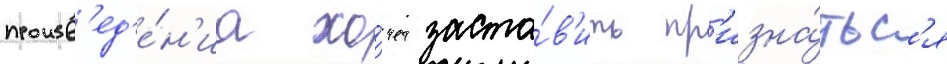
произв'ед'е́н'иа хо́чет заста́в'ить пр'изна́тьс'я